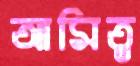
আমিত্ব